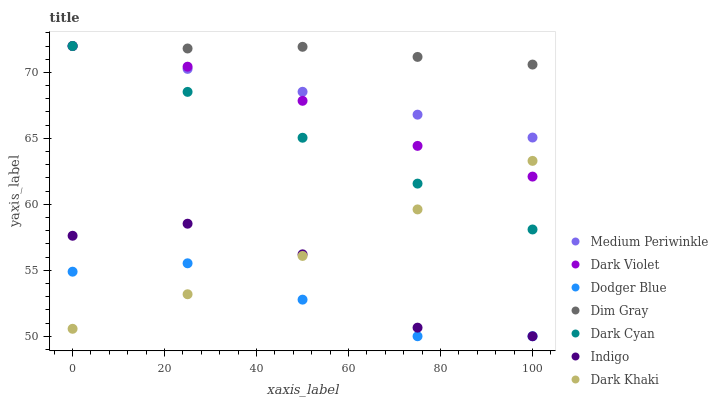
| xaxis_label | Medium Periwinkle | Dark Violet | Dodger Blue | Dim Gray | Dark Cyan | Indigo | Dark Khaki |
 | --- | --- | --- | --- | --- | --- | --- | --- |
 | 0 | 72 | 72 | 54.9 | 72 | 72 | 57.6 | 50.6 |
 | 25 | 70.3 | 70.4 | 55.5 | 71.8 | 68.5 | 58.5 | 53.2 |
 | 50 | 68.5 | 67.8 | 52.8 | 71.9 | 65 | 56.2 | 56.1 |
 | 75 | 66.8 | 64.4 | 50 | 71.2 | 61.6 | 50.7 | 59.6 |
 | 100 | 65.1 | 62.1 | 50 | 70.6 | 58.1 | 50 | 63.3 |